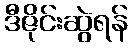
ဒီဇိုင်းဆွဲရန်